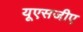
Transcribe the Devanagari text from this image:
यूएसजीए